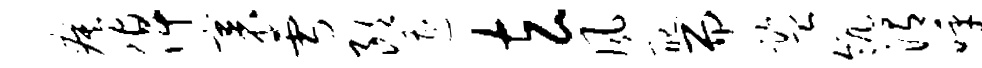
瘼倬裹雪朗遭玄风配而监瓴渭呼